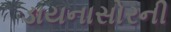
ડાયનાસોરની